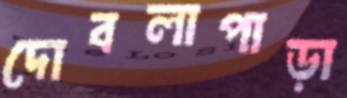
দোবলাপাড়া